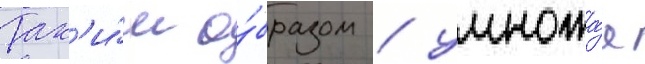
Так'и́м о́бразом / умножа́я